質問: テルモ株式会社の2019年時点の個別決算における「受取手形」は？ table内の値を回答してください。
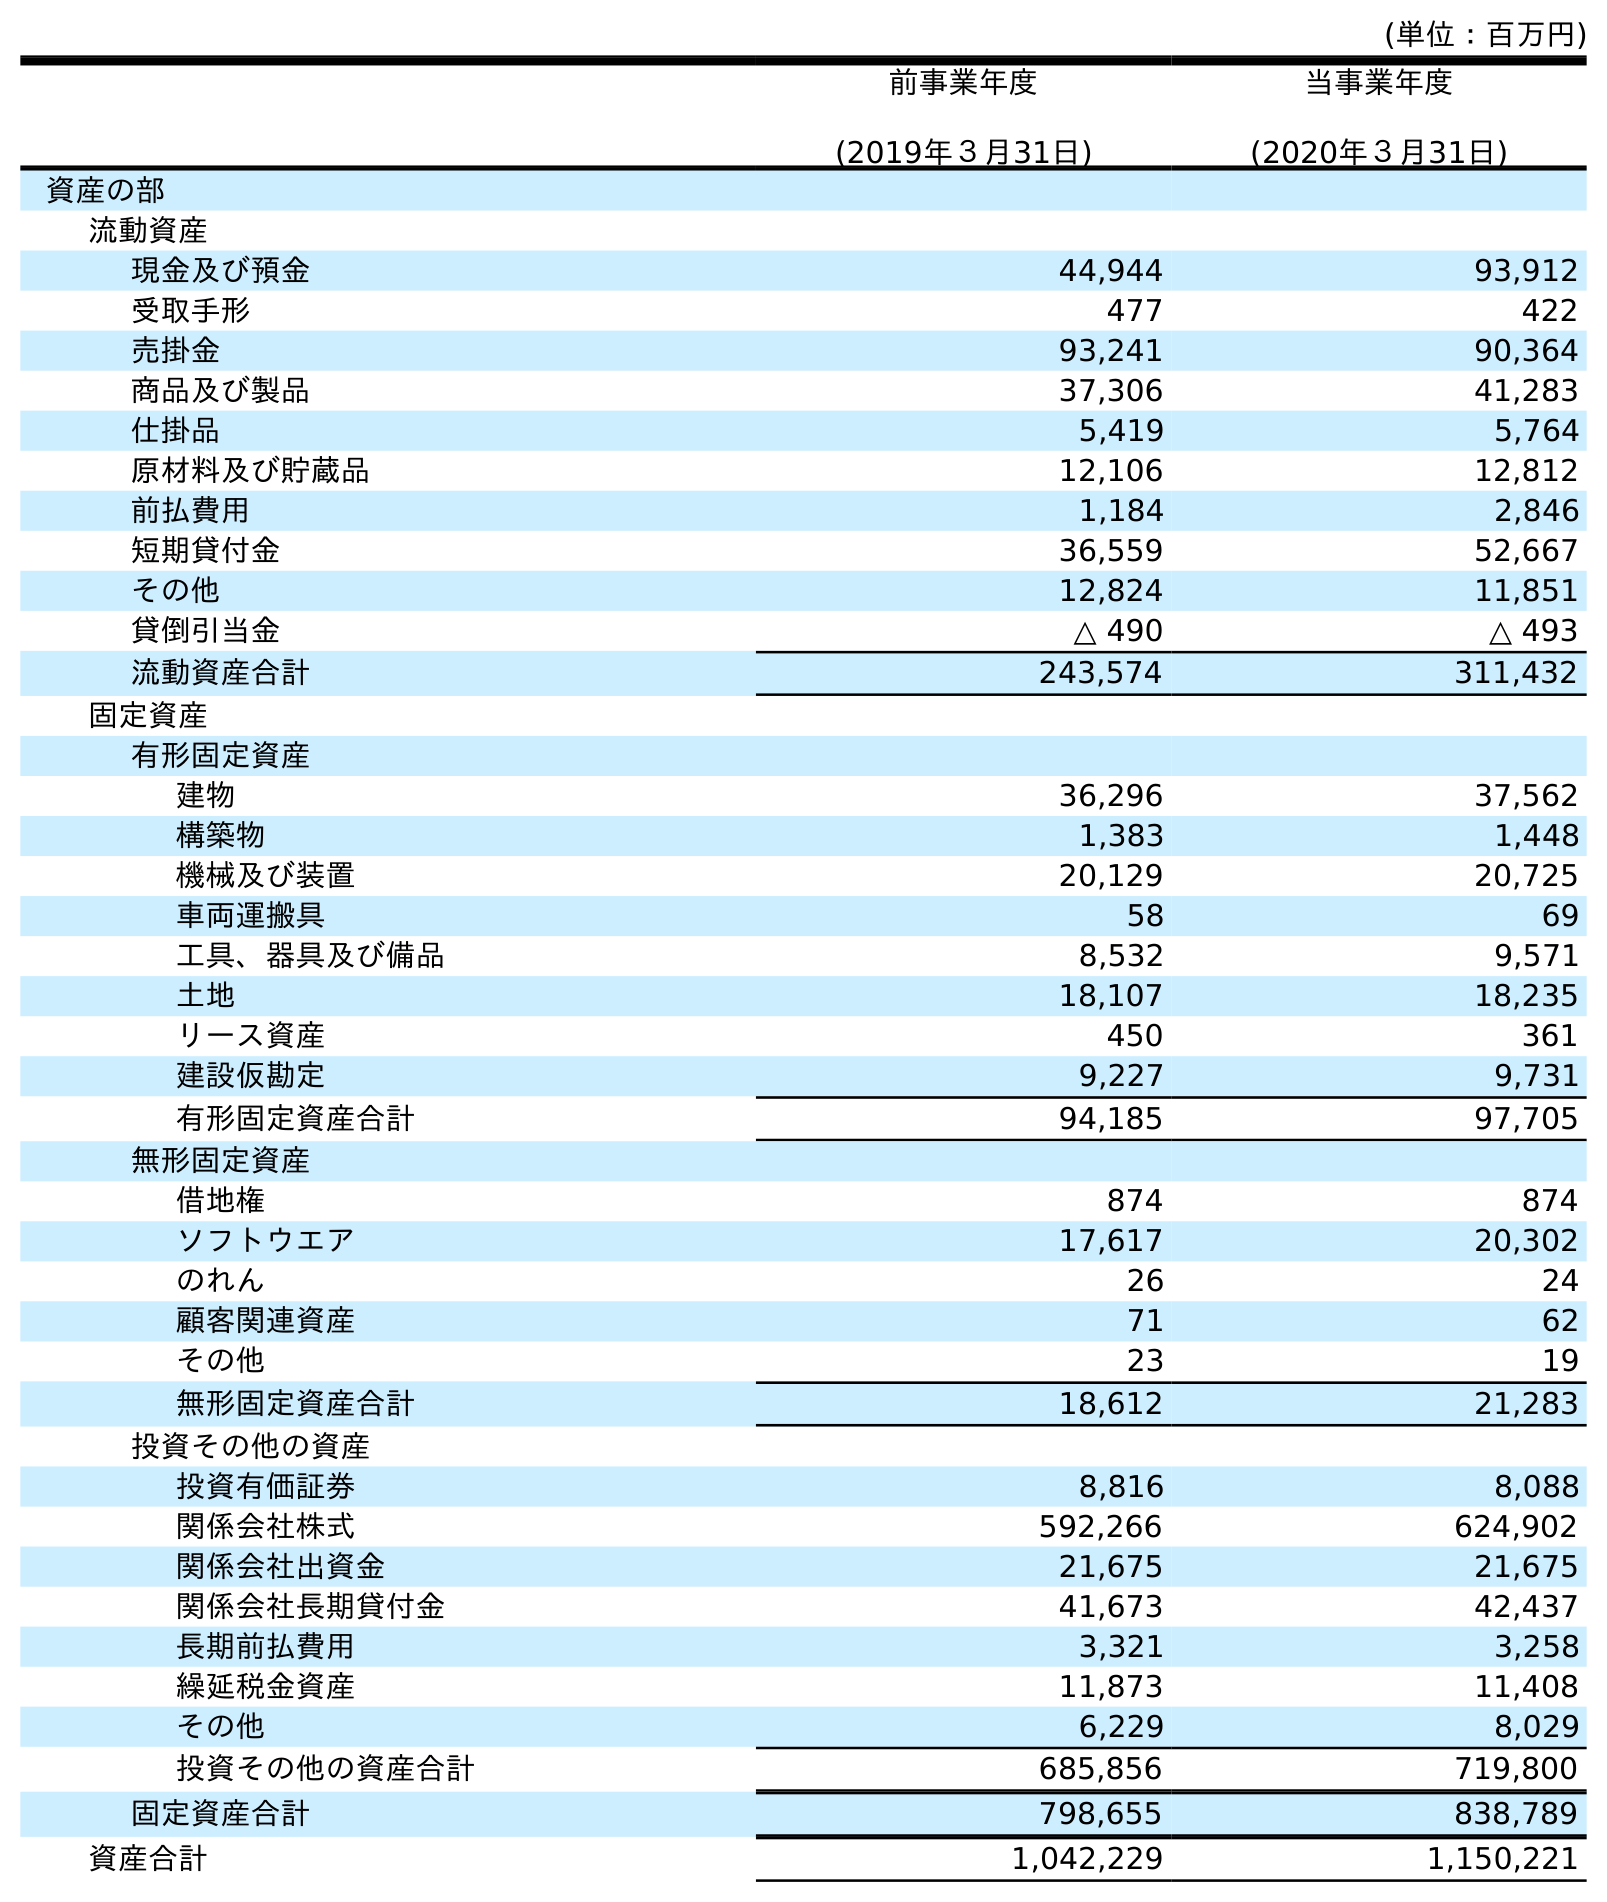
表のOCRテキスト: (単位：百万円) 前事業年度 (2019年３月31日) 当事業年度 (2020年３月31日) 資産の部 流動資産 現金及び預金 44,944 93,912 受取手形 477 422 売掛金 93,241 90,364 商品及び製品 37,306 41,283 仕掛品 5,419 5,764 原材料及び貯蔵品 12,106 12,812 前払費用 1,184 2,846 短期貸付金 36,559 52,667 その他 12,824 11,851 貸倒引当金 △ 490 △ 493 流動資産合計 243,574 311,432 固定資産 有形固定資産 建物 36,296 37,562 構築物 1,383 1,448 機械及び装置 20,129 20,725 車両運搬具 58 69 工具、器具及び備品 8,532 9,571 土地 18,107 18,235 リース資産 450 361 建設仮勘定 9,227 9,731 有形固定資産合計 94,185 97,705 無形固定資産 借地権 874 874 ソフトウエア 17,617 20,302 のれん 26 24 顧客関連資産 71 62 その他 23 19 無形固定資産合計 18,612 21,283 投資その他の資産 投資有価証券 8,816 8,088 関係会社株式 592,266 624,902 関係会社出資金 21,675 21,675 関係会社長期貸付金 41,673 42,437 長期前払費用 3,321 3,258 繰延税金資産 11,873 11,408 その他 6,229 8,029 投資その他の資産合計 685,856 719,800 固定資産合計 798,655 838,789 資産合計 1,042,229 1,150,221
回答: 477